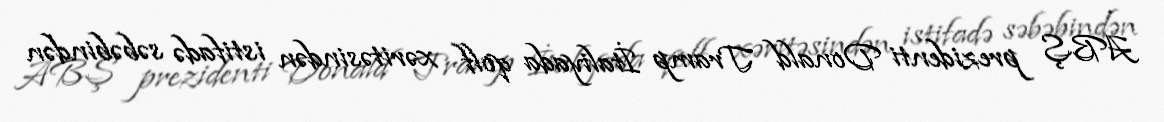
ABŞ prezidenti Donald Tramp İtaliyada qolf xəritəsindən istifadə səbəbindən